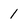
Character: 1